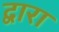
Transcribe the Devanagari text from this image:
द्वारा